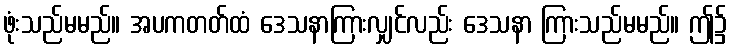
ဖုံးသည်မမည်။ အပကတတ်ထံ ဒေသနာကြားလျှင်လည်း ဒေသနာ ကြားသည်မမည်။ ဤ၌